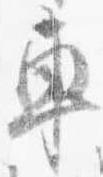
車